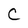
Character: C